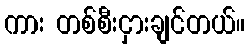
ကား တစ်စီးငှားချင်တယ်။